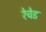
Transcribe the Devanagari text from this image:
रेचेड